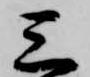
三